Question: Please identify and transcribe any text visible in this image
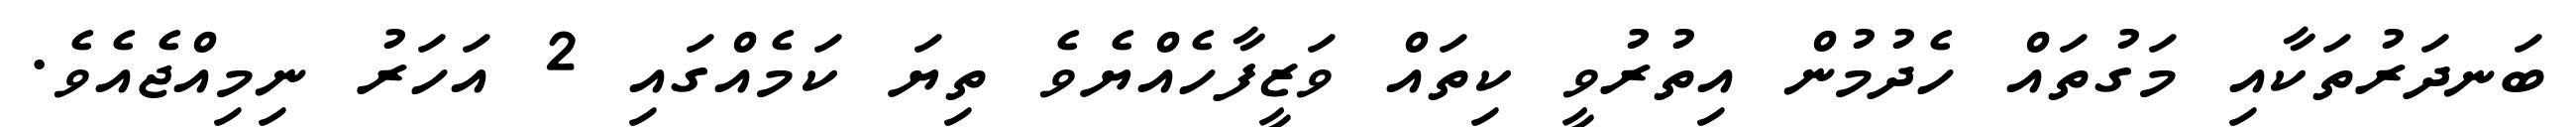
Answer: ބަނދަރުތަކާއި މަގުތައް ހެދުމުން އިތުރުވީ ކިތައް ވަޒީފާހެއްޔެވެ ތިޔަ ކަމެއްގައި 2 އަހަރު ނިމިއްޖެއެވެ.